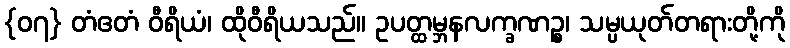
{၀၇} တံဧတံ ဝီရိယံ၊ ထိုဝီရိယသည်။ ဥပတ္ထမ္ဘနလက္ခဏဉ္စ၊ သမ္ပယုတ်တရားတို့ကို